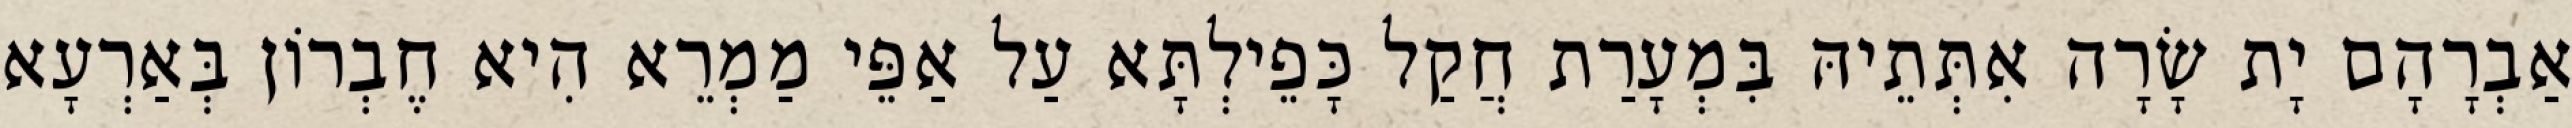
אַבְרָהָם יָת שָׂרָה אִתְּתֵיהּ בִּמְעָרַת חֲקַל כָּפֵילְתָּא עַל אַפֵּי מַמְרֵא הִיא חֶבְרוֹן בְּאַרְעָא